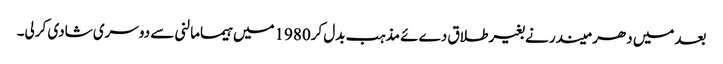
بعدمیں دھر میندر نے بغیرطلاق دےئے مذہب بدل کر1980میں ہیمامالنی سے دوسری شادی کرلی۔